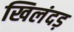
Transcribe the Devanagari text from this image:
खिलंदड़